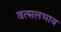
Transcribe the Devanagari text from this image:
वत्सलभाव